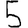
Digit: 5